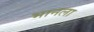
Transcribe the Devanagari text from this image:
भानला